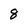
Character: 8